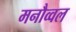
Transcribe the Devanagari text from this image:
मनौव्वल